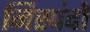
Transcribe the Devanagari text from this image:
निस्पंदों